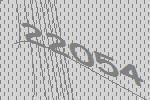
22054